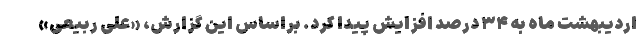
اردیبهشت ماه به ۳۴ درصد افزایش پیدا کرد. براساس این گزارش، «علی ربیعی»